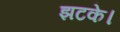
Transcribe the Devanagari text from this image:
झटके।